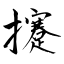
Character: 攓